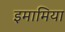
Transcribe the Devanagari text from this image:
इमामिया